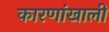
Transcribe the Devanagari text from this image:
कारणांखाली